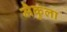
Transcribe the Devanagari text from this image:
मैकुला